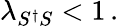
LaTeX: \lambda_{S^{\dagger}S}<1\, .